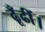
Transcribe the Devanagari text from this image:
ढूँढीं।